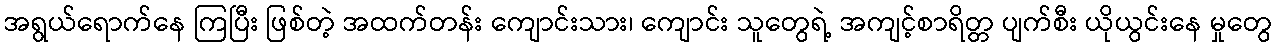
အရွယ်ရောက်နေ ကြပြီး ဖြစ်တဲ့ အထက်တန်း ကျောင်းသား၊ ကျောင်း သူတွေရဲ့ အကျင့်စာရိတ္တ ပျက်စီး ယိုယွင်းနေ မှုတွေ